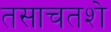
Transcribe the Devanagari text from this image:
तसाचतशे